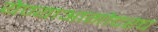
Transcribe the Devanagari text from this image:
येण्याआगोदरच